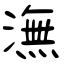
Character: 潕